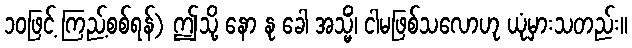
၁၀ဖြင့် ကြည့်စစ်ရန်) ဤသို့ နော နု ခေါ အသ္မိံ၊ ငါမဖြစ်သလောဟု ယုံမှားသတည်း။